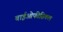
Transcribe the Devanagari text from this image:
बाईओफीसिकल